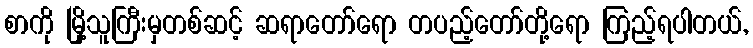
စာကို မြို့သူကြီးမှတစ်ဆင့် ဆရာတော်ရော တပည့်တော်တို့ရော ကြည့်ရပါတယ်,